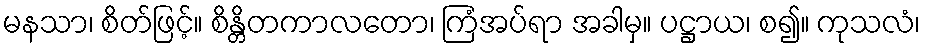
မနသာ၊ စိတ်ဖြင့်။ စိန္တိတကာလတော၊ ကြံအပ်ရာ အခါမှ။ ပဋ္ဌာယ၊ စ၍။ ကုသလံ၊